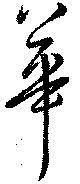
華